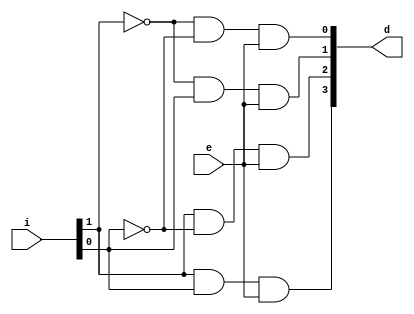
module decoder3(i,e,d);
	input [1:0] i ;
	input e;
	wire ni0,ni1;
	output[3:0] d;
	not n1(ni0,i[0]);
	not n2(ni1,i[1]);
	and a1(d[0],ni1,ni0,e);
	and a2(d[1],ni1,i[0],e);
	and a3(d[2],i[1],ni0,e);
	and a4(d[3],i[1],i[0],e);
	
endmodule